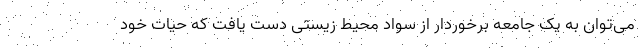
می‌توان به یک جامعه برخوردار از سواد محیط زیستی دست یافت که حیات خود